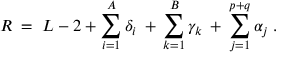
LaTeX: R \; = \; L - 2 + \sum _ { i = 1 } ^ { A } \delta _ { i } \: + \: \sum _ { k = 1 } ^ { B } \gamma _ { k } \: + \: \sum _ { j = 1 } ^ { p + q } \alpha _ { j } \; .